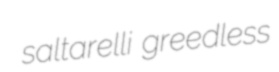
saltarelli greedless